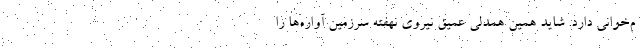
م‌خوانی دارد. شاید همین همدلی عمیق نیروی نهفته سرزمین آواره‌ها را